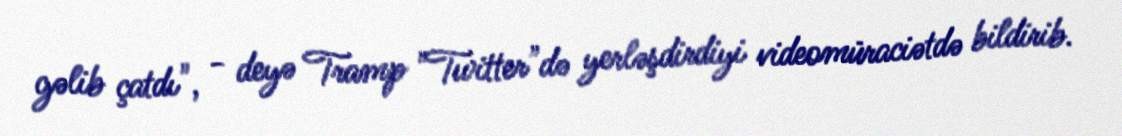
gəlib çatdı", - deyə Tramp "Twitter"də yerləşdirdiyi videomüraciətdə bildirib.